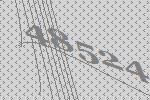
48524